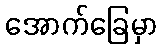
အောက်ခြေမှာ